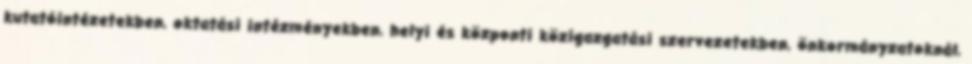
kutatóintézetekben, oktatási intézményekben, helyi és központi közigazgatási szervezetekben, önkormányzatoknál,